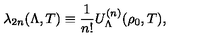
\lambda _ { 2 n } ( \Lambda , T ) \equiv \frac { 1 } { n ! } U _ { \Lambda } ^ { ( n ) } ( \rho _ { 0 } , T ) ,